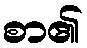
စာ၏